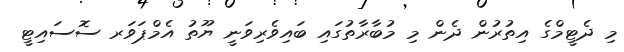
މި ދެޓީމްގެ އިތުރުން ދެން މި މުބާރާތުގައި ބައިވެރިވަނީ ޔޫތު އެމްޕަވަރ ސޮސައިޓީ